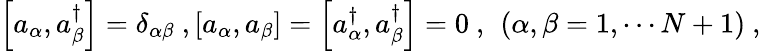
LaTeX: \left[a_{\alpha},a_{\beta}^{\dagger}\right]=\delta_{\alpha\beta}\ ,\left[a_{\alpha},a_{\beta}\right]=\left[a_{\alpha}^{\dagger},a_{\beta}^{\dagger}\right]=0\ ,\ \left(\alpha,\beta=1,\cdots N+1\right)\ ,